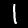
Digit: 1